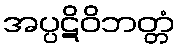
အပ္ပဋိဝိဘတ္တံ